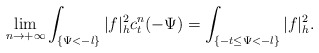
\begin{align*} \lim_{n\rightarrow+\infty}\int_{\{\Psi<-l\}}|f|_h^2c_t^n(-\Psi)=\int_{\{-t\leq\Psi<-l\}}|f|_h^2. \end{align*}